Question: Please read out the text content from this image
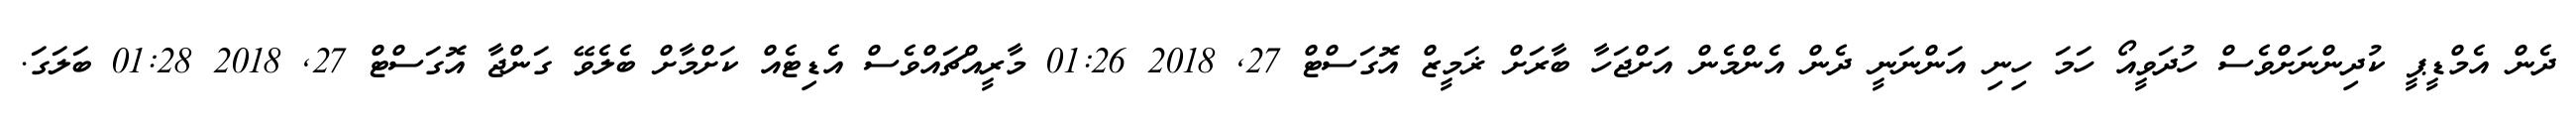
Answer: ދެން އެމްޑީޕީ ކުދިންނަށްވެސް ހުދަވީއޯ ހަމަ ހިނި އަންނަނީ ދެން އެންމެން އަށްޖަހާ ބާރަށް ޜަމީޒް އޮގަސްޓް 27, 2018 01:26 މާރީއްޗައްވެސް އެޑިޓެއް ކަށްމާށް ބެލެވޭ ގަންޖާ އޮގަސްޓް 27, 2018 01:28 ބަލަގަ.